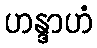
ဟန္ဒာဟံ